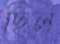
ছিল